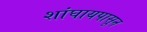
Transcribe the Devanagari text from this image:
शांघायपासून